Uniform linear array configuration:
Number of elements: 12
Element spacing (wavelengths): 0.5
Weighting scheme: blackman
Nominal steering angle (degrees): -30
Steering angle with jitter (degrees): -28.69
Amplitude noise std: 0.05
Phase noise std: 0.05

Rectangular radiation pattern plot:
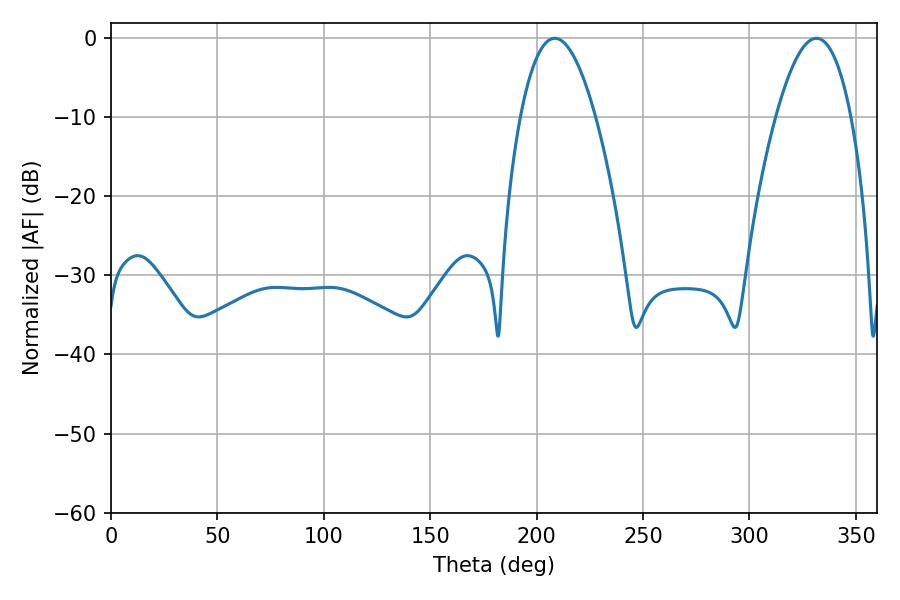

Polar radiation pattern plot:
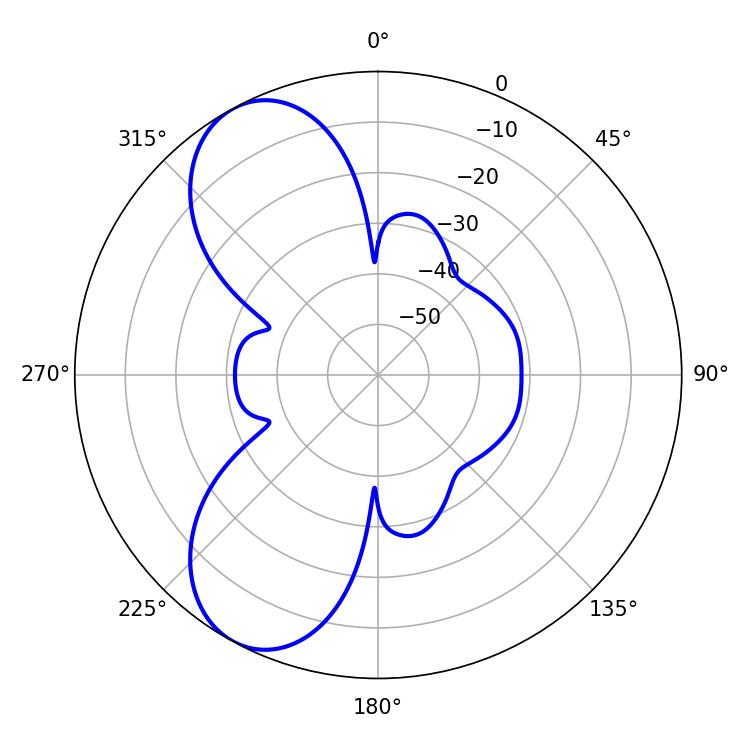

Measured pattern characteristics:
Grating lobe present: FALSE
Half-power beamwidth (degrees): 19.44
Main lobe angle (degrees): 208.62